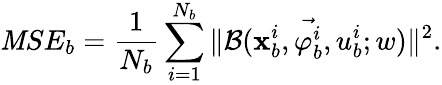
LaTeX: \mathit{M}SE_{b}=\frac{{1}}{{N_{b}}}\sum_{i=1}^{N_{b}}\| \mathcal{{B}}(\textbf{{x}}_{b}^{i},\vec{{\varphi_{b}^{i}}},u_{b}^{i};w)\| ^{2}.